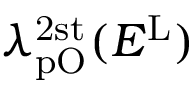
\lambda _ { \mathrm { p O } } ^ { \mathrm { 2 s t } } ( E ^ { \mathrm { L } } )